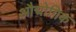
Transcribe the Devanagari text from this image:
औद्मोगिक